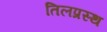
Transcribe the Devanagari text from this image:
तिलप्रस्थ